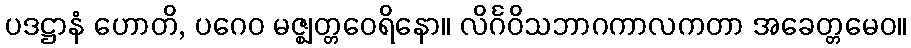
ပဒဋ္ဌာနံ ဟောတိ, ပဂေဝ မဇ္ဈတ္တဝေရိနော။ လိင်္ဂဝိသဘာဂကာလကတာ အခေတ္တမေဝ။